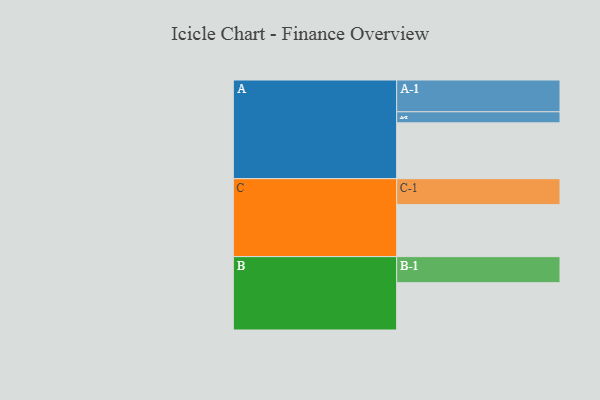
{"axis": {"x": "Segment", "y": "Value"}, "legend": ["", "A", "B", "C"], "data": [{"x": "A", "y": 439, "type": ""}, {"x": "B", "y": 372, "type": ""}, {"x": "C", "y": 409, "type": ""}, {"x": "A-1", "y": 250, "type": "A"}, {"x": "A-2", "y": 87, "type": "A"}, {"x": "B-1", "y": 205, "type": "B"}, {"x": "C-1", "y": 204, "type": "C"}]}